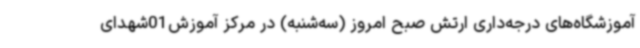
آموزشگاه‌های درجه‌داری ارتش صبح امروز (سه‌شنبه) در مرکز آموزش01شهدای